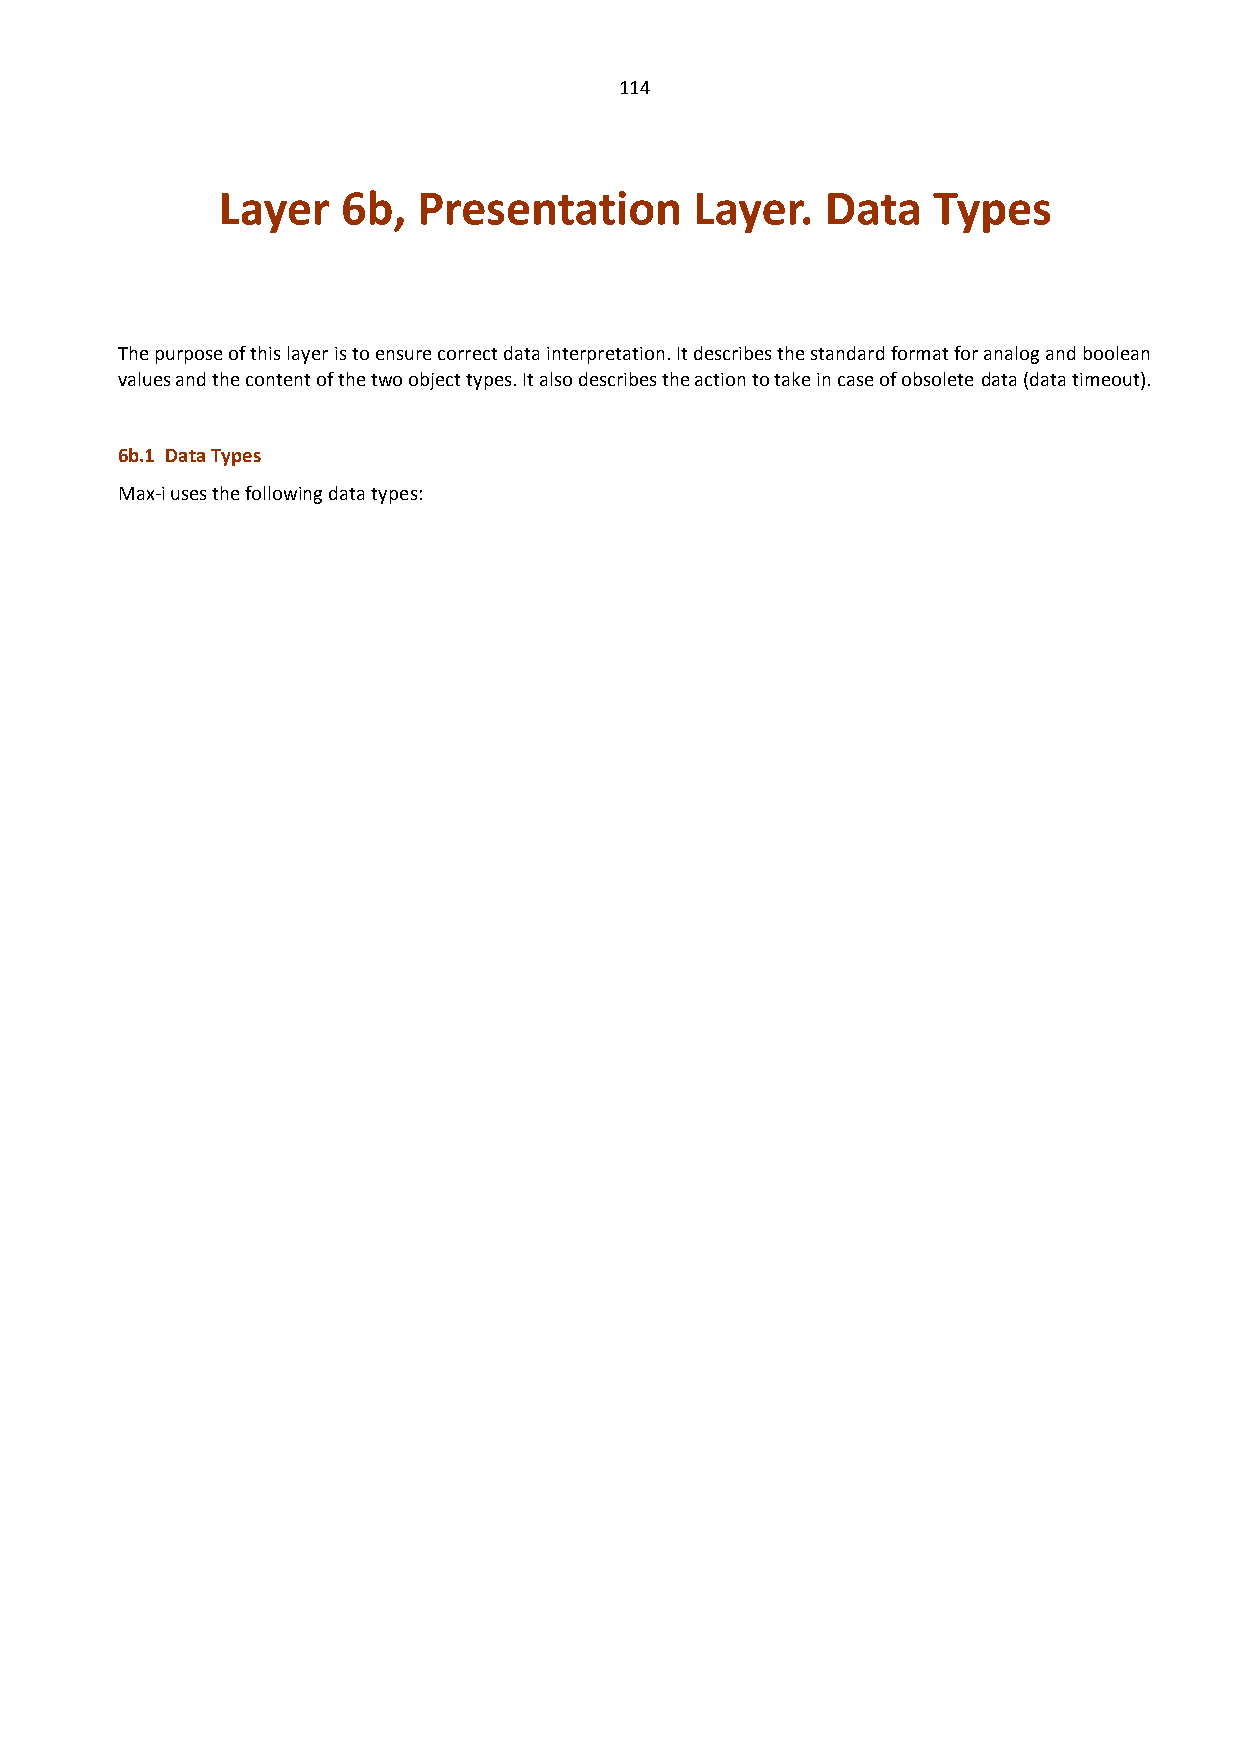
114
 Layer    6b,  Presentation      Layer.   Data   Types
 The purpose of this layer is to ensure correct data interpretation. It describes the standard format for analog and boolean
 values and the content of the two object types. It also describes the action to take in case of obsolete data (data timeout).
 6b.1 Data Types
 Max-i uses the following data types: